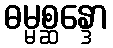
ဓမ္မစ္ဆန္ဒော